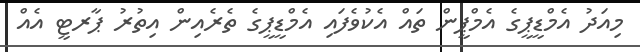
މިއަދު އެމްޑީޕީގެ އެމްޕީން ތައް އެކުވެފައި އެމްޑީޕީގެ ތެރެއިން އިތުރު ޕާރޓީ އެއް